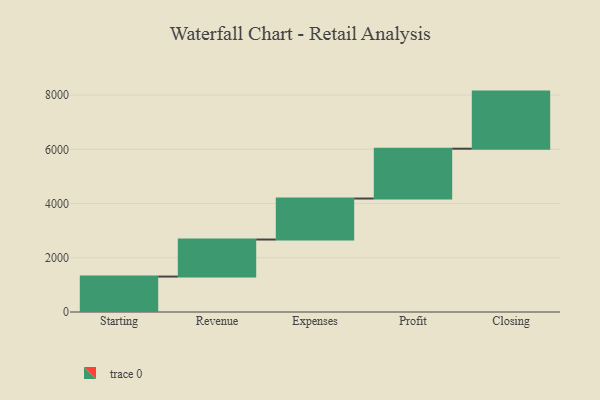
{"axis": {"x": "Step", "y": "Value"}, "legend": [""], "data": [{"x": "Starting", "y": 1307.0, "type": ""}, {"x": "Revenue", "y": 1366.0, "type": ""}, {"x": "Expenses", "y": 1512.0, "type": ""}, {"x": "Profit", "y": 1838.0, "type": ""}, {"x": "Closing", "y": 2106.0, "type": ""}]}